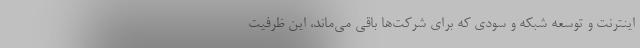
اینترنت و توسعه شبکه و سودی که برای شرکت‌ها باقی می‌ماند، این ظرفیت